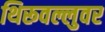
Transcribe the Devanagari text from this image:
थिरूवल्लुवर